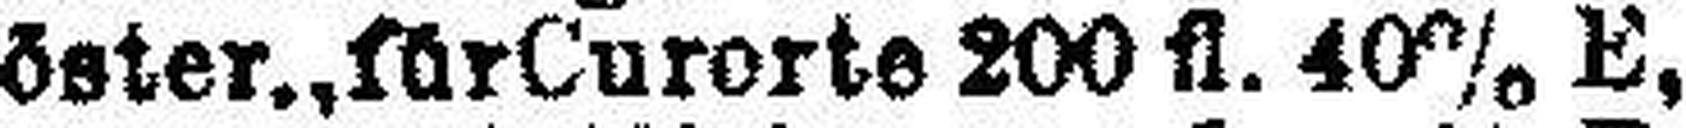
„ öster., für Curorte 200 fl. 40% E,